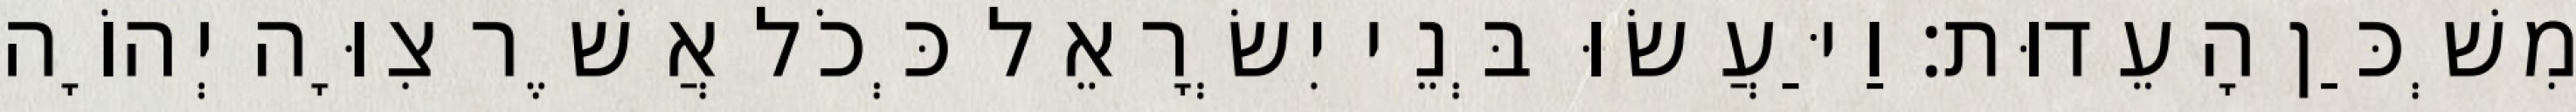
מִשְׁכַּן הָעֵדוּת׃ וַיַּעֲשׂוּ בְּנֵי יִשְׂרָאֵל כְּכֹל אֲשֶׁר צִוָּה יְהוָֹה